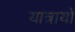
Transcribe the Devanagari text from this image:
यात्रायों